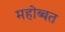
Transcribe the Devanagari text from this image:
महोब्बत